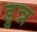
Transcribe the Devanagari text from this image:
डुन्न